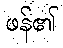
ဖန်၏